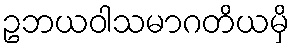
ဥဘယဝါသမာဂတိယမှိ